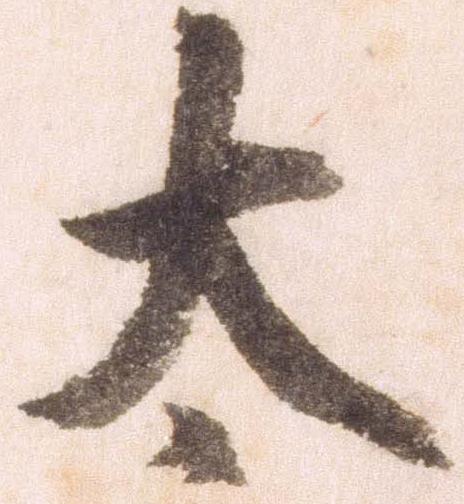
太